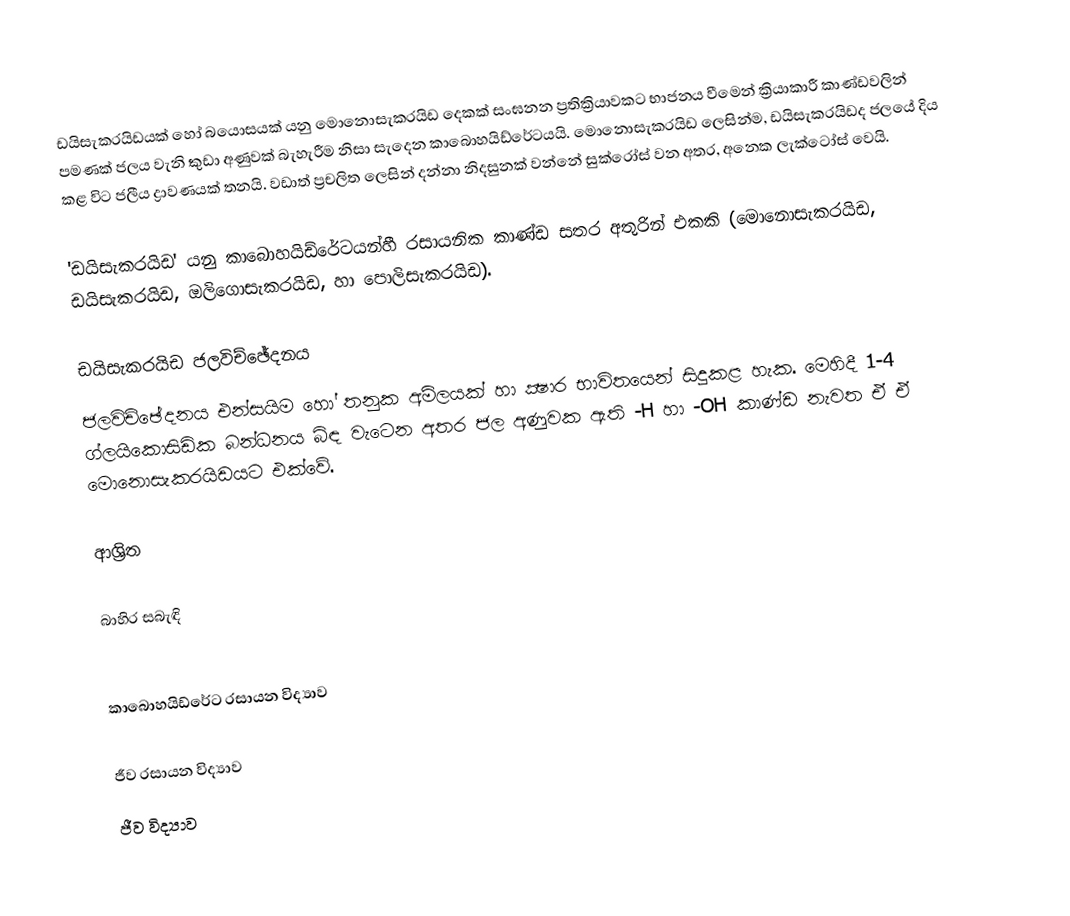
ඩයිසැකරයිඩයක් හෝ බයොසයක් යනු මොනොසැකරයිඩ දෙකක් සංඝනන ප්‍රතික්‍රියාවකට භාජනය වීමෙන් ක්‍රියාකාරී කාණ්ඩවලින් පමණක් ජලය වැනි කුඩා අණුවක් බැහැරීම නිසා සැදෙන  කාබොහයිඩ්රේටයයි. මොනොසැකරයිඩ ලෙසින්ම, ඩයිසැකරයිඩද ජලයේ දිය කළ විට ජලීය ද්‍රාවණයක් තනයි. වඩාත් ප්‍රචලිත ලෙසින් දන්නා නිදසුනක් වන්නේ සුක්රෝස් වන අතර, අනෙක ලැක්ටෝස් වෙයි.

'ඩයිසැකරයිඩ' යනු කාබොහයිඩ්රේටයන්හී  රසායනික කාණ්ඩ සතර අතුරින් එකකි (මොනොසැකරයිඩ, ඩයිසැකරයිඩ, ඔලිගොසැකරයිඩ, හා පොලිසැකරයිඩ).

ඩයිසැකරයිඩ ජලවිච්ඡේදනය
ජලවිච්ඡේදනය එන්සයිම හෝ තනුක අම්ලයක් හා ක්‍ෂාර භාවිතයෙන් සිදුකළ හැක. මෙහිදී  1-4 ග්ලයිකොසිඩික බන්ධනය බිඳ වැටෙන අතර ජල අණුවක ඇති -H හා -OH කාණ්ඩ නැවත ඒ ඒ මොනොසැකරයිඩයට එක්වේ.

ආශ්‍රිත

බාහිර සබැඳි

කාබොහයිඩ්රේට රසායන විද්‍යාව

ජීව රසායන විද්‍යාව
ජීව විද්‍යාව